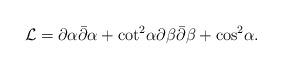
LaTeX: \begin{align*}{\cal L} = \partial \alpha \bar{\partial} \alpha + {\cot}^2 \alpha\partial \beta \bar{\partial} \beta + {\cos}^2 \alpha .\end{align*}